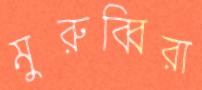
মুরুব্বিরা